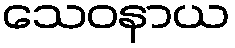
သေဝနာယ